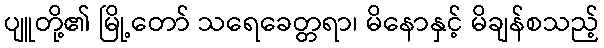
ပျူတို့၏ မြို့တော် သရေခေတ္တရာ၊ မိနောနှင့် မိချန်စသည့်